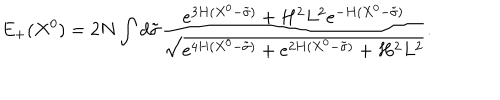
E _ { + } ( X ^ { 0 } ) = 2 N \int d \tilde { \sigma } \frac { e ^ { 3 H ( X ^ { 0 } - \tilde { \sigma } ) } + H ^ { 2 } L ^ { 2 } e ^ { - H ( X ^ { 0 } - \tilde { \sigma } ) } } { \sqrt { e ^ { 4 H ( X ^ { 0 } - \tilde { \sigma } ) } + e ^ { 2 H ( X ^ { 0 } - \tilde { \sigma } ) } + H ^ { 2 } L ^ { 2 } } } .